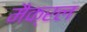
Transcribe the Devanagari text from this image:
मैक्रल